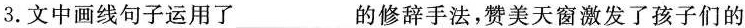
3.文中画线句子运用了___的修辞手法，赞美天窗激发了孩子们的